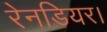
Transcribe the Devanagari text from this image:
रेनडियर।